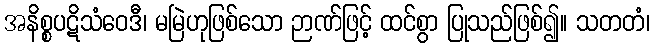
အနိစ္စပဋိသံဝေဒီ၊ မမြဲဟုဖြစ်သော ဉာဏ်ဖြင့် ထင်စွာ ပြုသည်ဖြစ်၍။ သတတံ၊